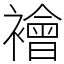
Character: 襘